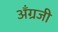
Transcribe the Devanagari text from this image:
अँग्रजी